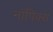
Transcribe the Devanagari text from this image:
नॉपिक्स